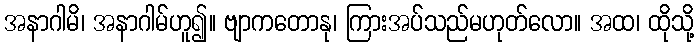
အနာဂါမိ၊ အနာဂါမ်ဟူ၍။ ဗျာကတောနု၊ ကြားအပ်သည်မဟုတ်လော။ အထ၊ ထိုသို့